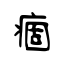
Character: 痼